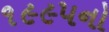
૧૯૯૫નો